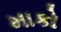
માકો